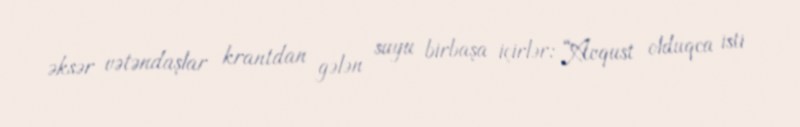
əksər vətəndaşlar krantdan gələn suyu birbaşa içirlər: “Avqust olduqca isti